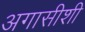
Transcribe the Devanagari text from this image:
अगासीशी